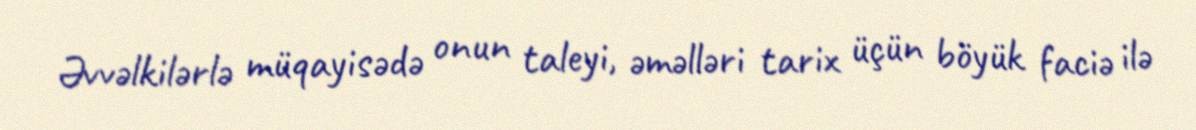
Əvvəlkilərlə müqayisədə onun taleyi, əməlləri tarix üçün böyük faciə ilə